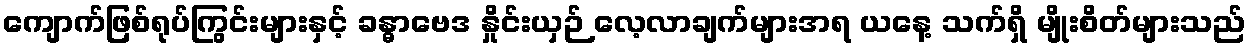
ကျောက်ဖြစ်ရုပ်ကြွင်းများနှင့် ခန္ဓာဗေဒ နှိုင်းယှဉ် လေ့လာချက်များအရ ယနေ့ သက်ရှိ မျိုးစိတ်များသည်